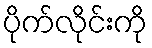
ပိုက်လိုင်းကို